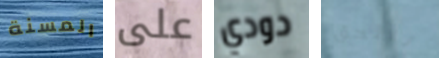
المسنة على دودي تلتحق